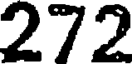
272